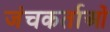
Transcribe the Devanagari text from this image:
जंचकर्ताओं